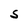
Character: S